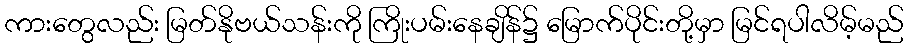
ကားတွေလည်း မြတ်နိုဗယ်သန်းကို ကြိုးပမ်းနေချိန်၌ မြောက်ပိုင်းတို့မှာ မြင်ရပါလိမ့်မည်